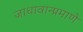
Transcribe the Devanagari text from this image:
जाधावान्प्रमाणे